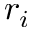
r _ { i }